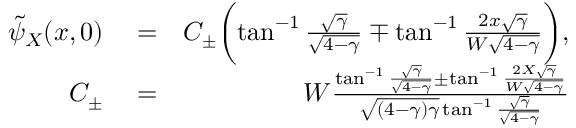
\begin{array} { r l r } { \tilde { \psi } _ { X } ( x , 0 ) } & { { } = } & { C _ { \pm } \biggl ( \tan ^ { - 1 } \frac { \sqrt { \gamma } } { \sqrt { 4 - \gamma } } \mp \tan ^ { - 1 } \frac { 2 x \sqrt { \gamma } } { W \sqrt { 4 - \gamma } } \biggr ) , } \\ { C _ { \pm } } & { { } = } & { W \frac { \tan ^ { - 1 } \frac { \sqrt { \gamma } } { \sqrt { 4 - \gamma } } \pm \tan ^ { - 1 } \frac { 2 X \sqrt { \gamma } } { W \sqrt { 4 - \gamma } } } { \sqrt { ( 4 - \gamma ) \gamma } \tan ^ { - 1 } \frac { \sqrt { \gamma } } { \sqrt { 4 - \gamma } } } } \end{array}